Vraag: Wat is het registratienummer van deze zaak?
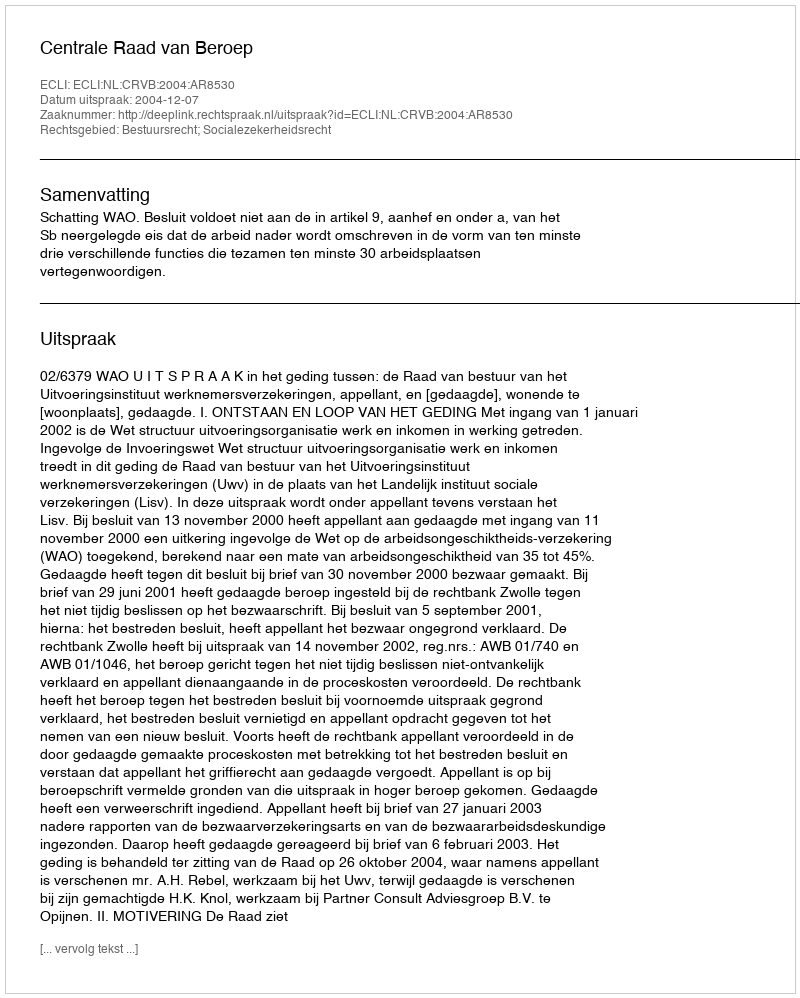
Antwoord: http://deeplink.rechtspraak.nl/uitspraak?id=ECLI:NL:CRVB:2004:AR8530